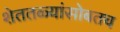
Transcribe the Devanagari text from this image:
शेततळ्यांसोबतच